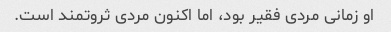
او زمانی مردی فقیر بود، اما اکنون مردی ثروتمند است.